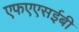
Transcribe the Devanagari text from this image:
एफएएसईबी